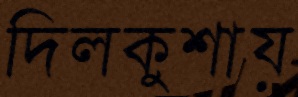
দিলকুশায়